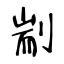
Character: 剬